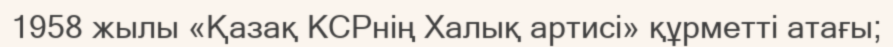
1958 жылы «Қазақ КСРнің Халық артисі» құрметті атағы;